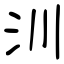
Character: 汌